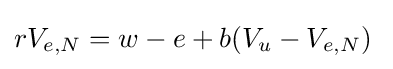
rV_{e,N}=w-e+b(V_{u}-V_{e,N})\;